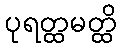
ပုရတ္ထမတ္ထိ